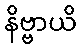
နိဗ္ဗာယိ